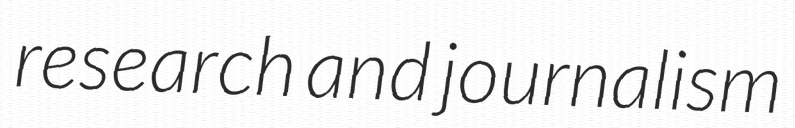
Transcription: research and journalism